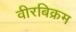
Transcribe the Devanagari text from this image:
वीरबिक्रम